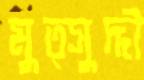
মুত্সুদ্দী